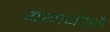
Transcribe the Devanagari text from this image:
यथार्थदर्शी